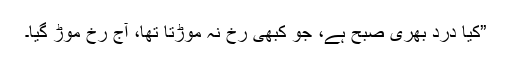
”کیا درد بھری صبح ہے، جو کبھی رخ نہ موڑتا تھا، آج رخ موڑ گیا۔